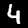
Digit: 4